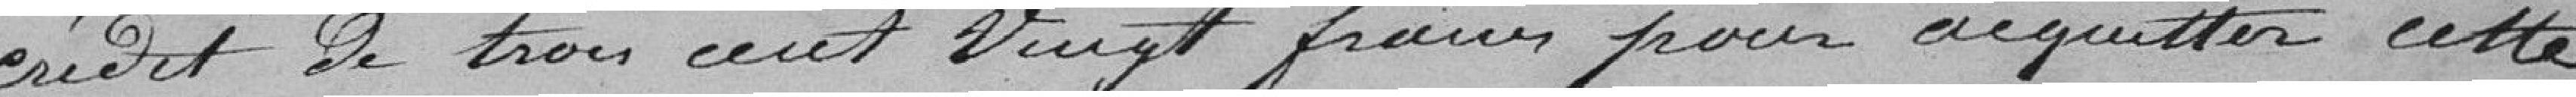
crédit de trois cent vingt francs pour acquitter cette